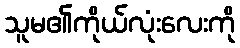
သူမ၏ကိုယ်လုံးလေးကို